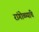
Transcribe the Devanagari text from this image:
रांगोळ्यांचे